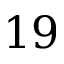
1 9